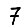
Digit: 7